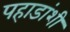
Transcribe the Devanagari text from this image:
पहाडांशी